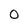
Character: 0